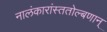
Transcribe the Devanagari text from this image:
नालंकारांस्ततोल्बणान्